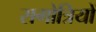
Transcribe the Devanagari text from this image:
सगोत्रियों